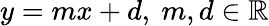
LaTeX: y=mx+d,\ m,d\in\mathbb{R}